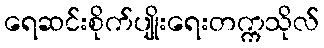
ရေဆင်းစိုက်ပျိုးရေးတက္ကသိုလ်